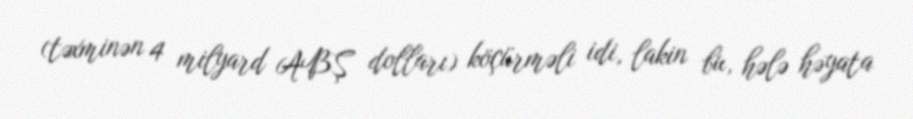
(təxminən 4 milyard ABŞ dolları) köçürməli idi, lakin bu, hələ həyata